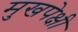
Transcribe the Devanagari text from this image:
मुखपेक्षी